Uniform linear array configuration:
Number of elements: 48
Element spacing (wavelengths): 0.25
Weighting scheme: exponential
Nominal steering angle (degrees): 60
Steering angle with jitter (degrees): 60.541
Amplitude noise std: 0.05
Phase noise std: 0.05

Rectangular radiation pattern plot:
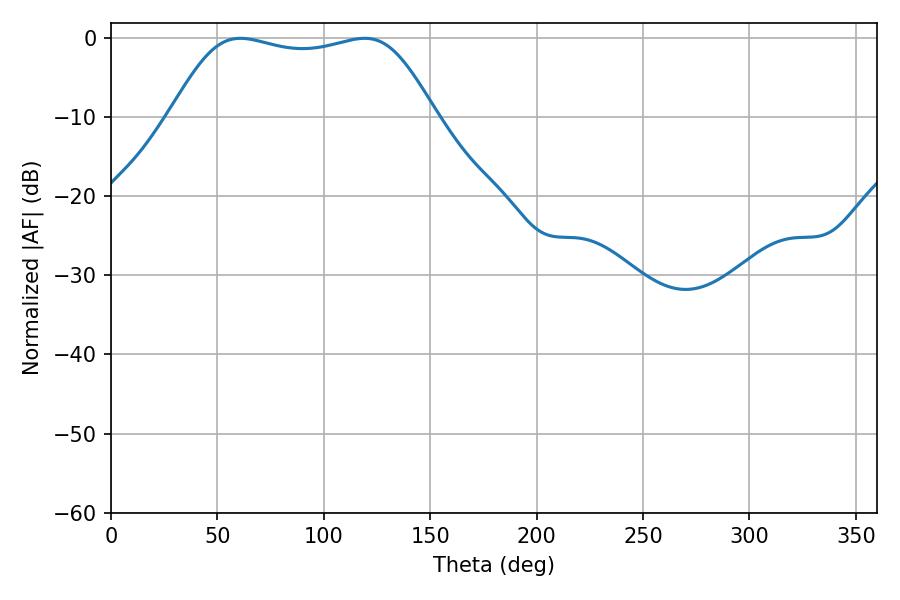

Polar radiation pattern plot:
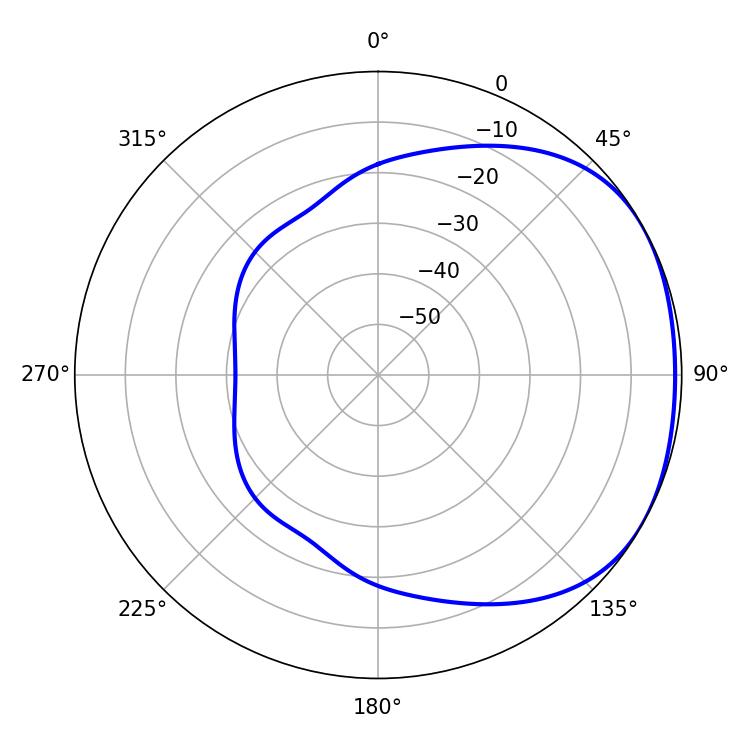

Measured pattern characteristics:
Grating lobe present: FALSE
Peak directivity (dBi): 1.722
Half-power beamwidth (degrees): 95.4
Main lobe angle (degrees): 60.84